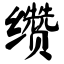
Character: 缵